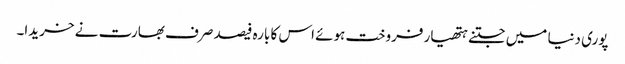
پوری دنیا میں جتنے ہتھیار فروخت ہوئے اس کا بارہ فیصد صرف بھارت نے خریدا۔